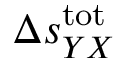
\Delta s _ { Y X } ^ { \mathrm { t o t } }